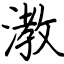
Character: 漖